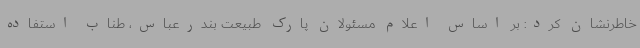
خاطرنشان کرد: بر اساس اعلام مسئولان پارک طبیعت بندرعباس، طناب استفاده